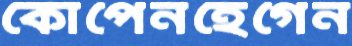
কোপেনহেগেন